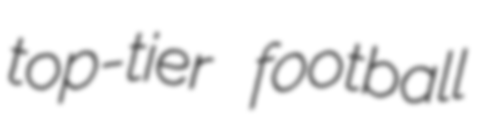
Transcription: top-tier football